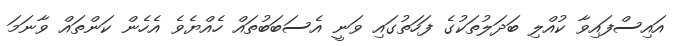
އައިސްފައިވާ ކުއްލި ބަދަލުތަކުގެ ފަހަތުގައި ވަނީ އެސަބަބުތައް ހެއްޔެވެ އެހެން ކަންތައް ވާނަމަ